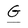
Character: G